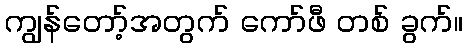
ကျွန်တော့်အတွက် ကော်ဖီ တစ် ခွက်။